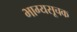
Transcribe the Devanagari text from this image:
भाग्यसूचक